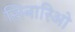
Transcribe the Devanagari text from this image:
सिनारिओ